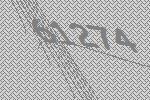
61274